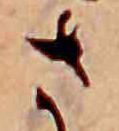
さ